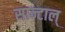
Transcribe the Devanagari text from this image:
सान्टाल्